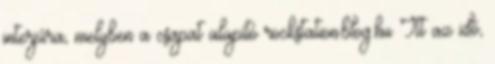
interjúra, melyben a csapat alapító rockstation.blog.hu Itt az idő,